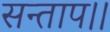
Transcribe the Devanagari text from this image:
सन्‍ताप।।